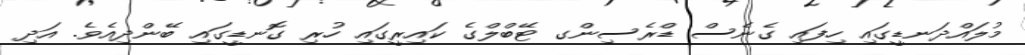
މުލައްދަނޑީގައި ހިފައި ގެނެސް ޑްރެސިންގ ޓޭބްލްގެ ކައިރީގައި ހުރި ގޮނޑީގައި ބޭންދިއެވެ. އަދި